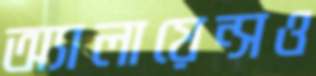
অ্যালায়েন্সও